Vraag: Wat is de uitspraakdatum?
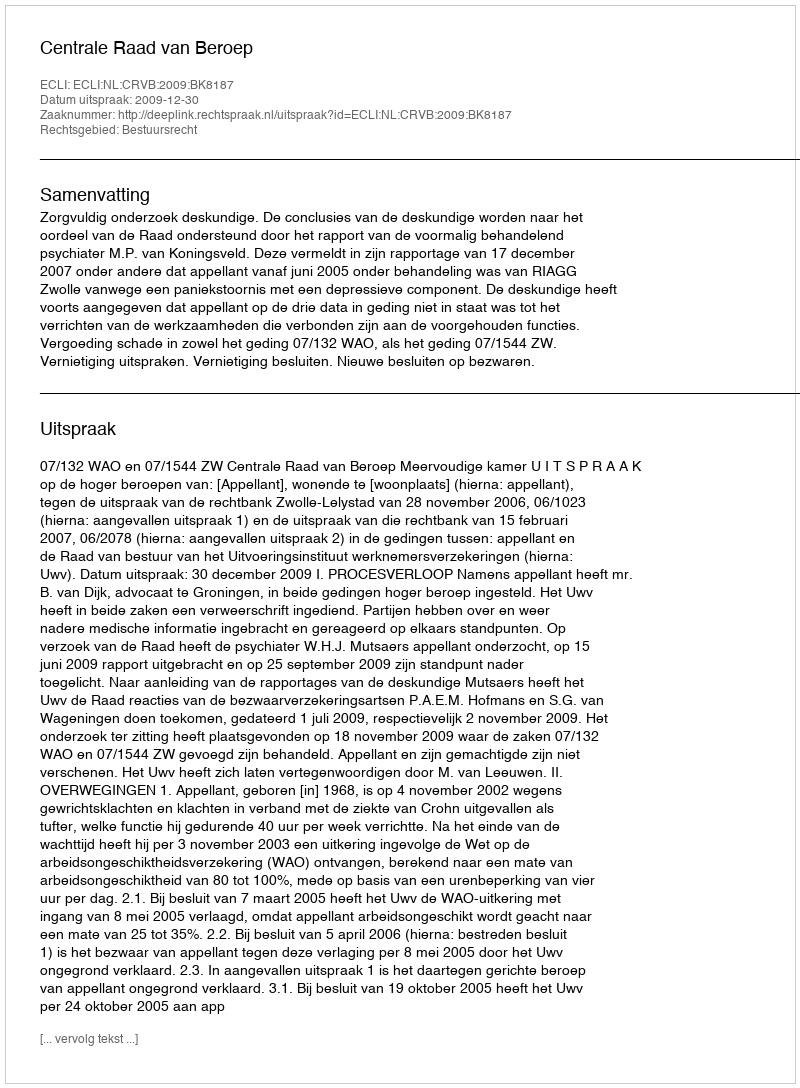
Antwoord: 2009-12-30